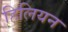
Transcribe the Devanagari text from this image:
हिलियन